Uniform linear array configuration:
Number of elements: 48
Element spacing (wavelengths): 0.25
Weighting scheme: exponential
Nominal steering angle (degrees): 45
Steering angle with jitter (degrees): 43.152
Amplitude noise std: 0.05
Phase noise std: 0.05

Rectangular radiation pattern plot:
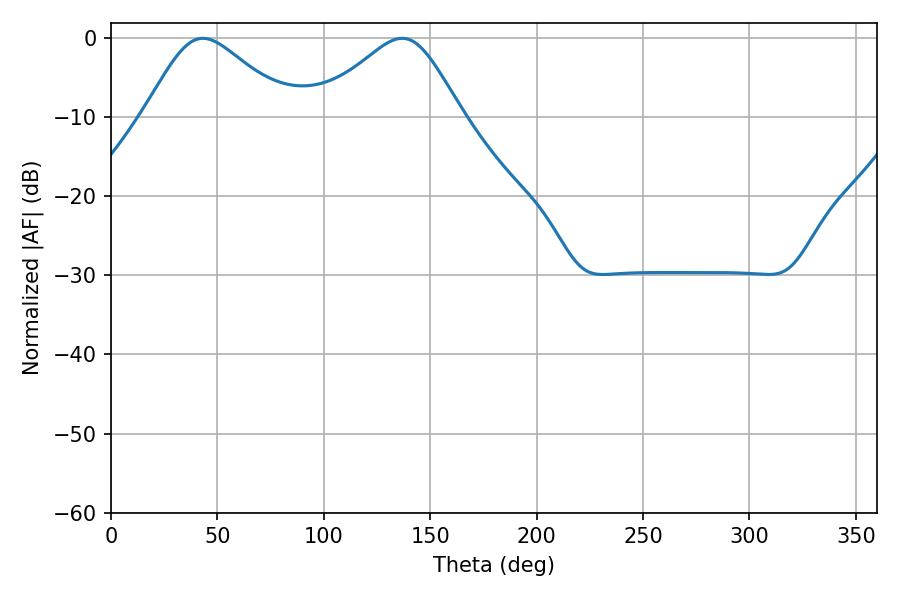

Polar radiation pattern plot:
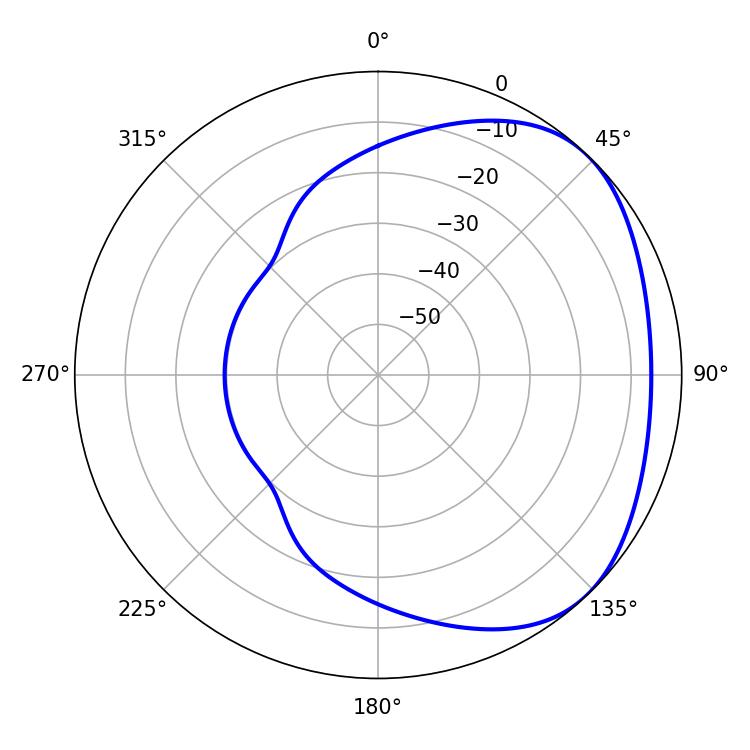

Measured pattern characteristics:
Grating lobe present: FALSE
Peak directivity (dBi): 2.994
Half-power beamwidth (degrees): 33.66
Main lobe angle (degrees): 43.2